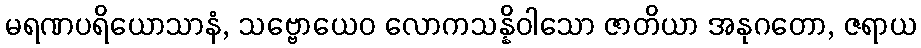
မရဏပရိယောသာနံ, သဗ္ဗောယေဝ လောကသန္နိဝါသော ဇာတိယာ အနုဂတော, ဇရာယ